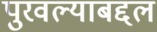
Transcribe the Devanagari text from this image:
पुरवल्याबद्दल